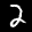
Label: 2